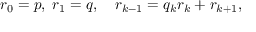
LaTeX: r _ { 0 } = p , \; r _ { 1 } = q , \quad r _ { k - 1 } = q _ { k } r _ { k } + r _ { k + 1 } ,